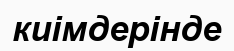
киімдерінде